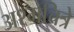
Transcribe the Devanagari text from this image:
अश्मचित्रे